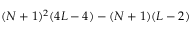
( N + 1 ) ^ { 2 } ( 4 L - 4 ) - ( N + 1 ) ( L - 2 )